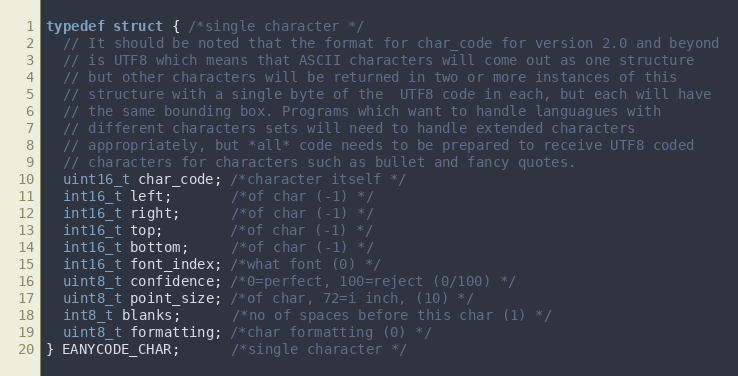
Language: C
typedef struct { /*single character */
  // It should be noted that the format for char_code for version 2.0 and beyond
  // is UTF8 which means that ASCII characters will come out as one structure
  // but other characters will be returned in two or more instances of this
  // structure with a single byte of the  UTF8 code in each, but each will have
  // the same bounding box. Programs which want to handle languagues with
  // different characters sets will need to handle extended characters
  // appropriately, but *all* code needs to be prepared to receive UTF8 coded
  // characters for characters such as bullet and fancy quotes.
  uint16_t char_code; /*character itself */
  int16_t left;       /*of char (-1) */
  int16_t right;      /*of char (-1) */
  int16_t top;        /*of char (-1) */
  int16_t bottom;     /*of char (-1) */
  int16_t font_index; /*what font (0) */
  uint8_t confidence; /*0=perfect, 100=reject (0/100) */
  uint8_t point_size; /*of char, 72=i inch, (10) */
  int8_t blanks;      /*no of spaces before this char (1) */
  uint8_t formatting; /*char formatting (0) */
} EANYCODE_CHAR;      /*single character */